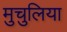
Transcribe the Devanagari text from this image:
मुचुलिया